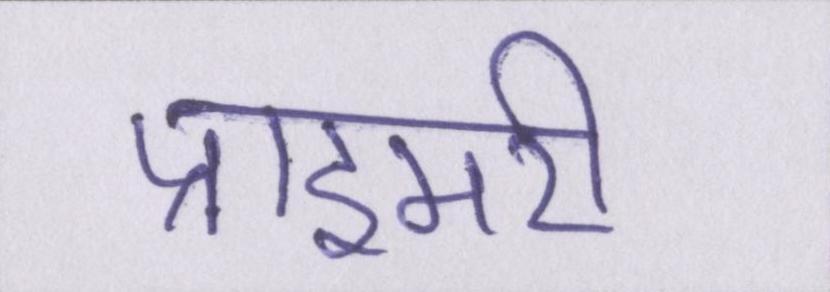
प्राइमरी